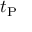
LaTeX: t _ { \mathrm { P } }